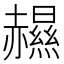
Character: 𧹽